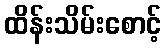
ထိန်းသိမ်းစောင့်